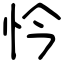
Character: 忴